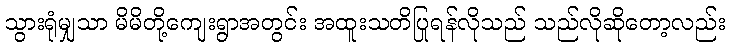
သွားရုံမျှသာ မိမိတို့ကျေးရွာအတွင်း အထူးသတိပြုရန်လိုသည် သည်လိုဆိုတော့လည်း